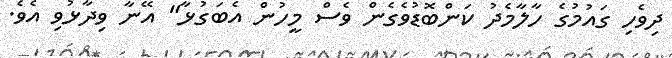
ދިވެހި ގައުމުގެ ހާލާމެދު ކަންބޮޑުވެގެން ވެސް މީހުން އެބަގުޅާ" އޭނާ ވިދާޅުވި އެވެ.